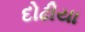
દોઢીયા